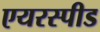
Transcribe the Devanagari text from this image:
एयरस्पीड